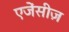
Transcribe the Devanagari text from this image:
एजेंसीज़